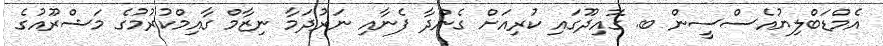
އެމްޑަބްލިޔުއެސްސީން ބ. ގޮއިދޫގައި ކުރިއަށް ގެންދާ ފެނާއި ނަރުދަމާ ނިޒާމް ގާއިމްކުރުމުގެ މަޝްރޫއުގެ